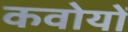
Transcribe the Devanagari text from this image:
कवोयों